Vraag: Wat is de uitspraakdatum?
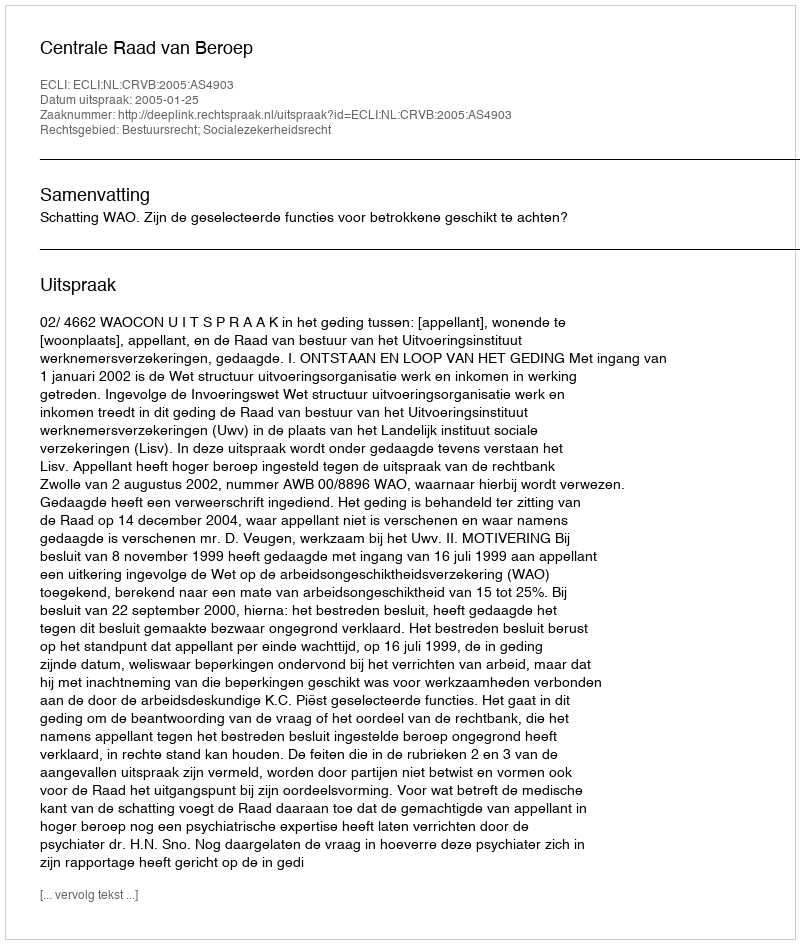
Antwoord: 2005-01-25